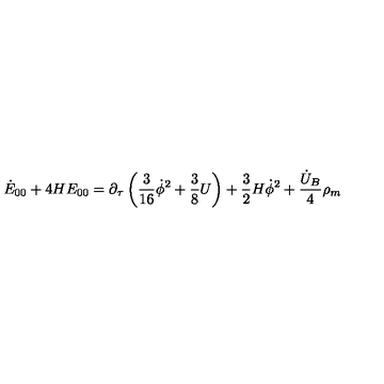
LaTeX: \dot { E } _ { 0 0 } + 4 H E _ { 0 0 } = \partial _ { \tau } \left( \frac { 3 } { 1 6 } \dot { \phi } ^ { 2 } + \frac { 3 } { 8 } U \right) + \frac { 3 } { 2 } H \dot { \phi } ^ { 2 } + \frac { \dot { U } _ { B } } { 4 } \rho _ { m }